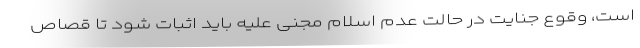
است، وقوع جنایت در حالت عدم اسلام مجنی علیه باید اثبات شود تا قصاص